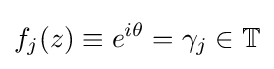
f_{j}(z)\equiv e^{i\theta }=\gamma _{j}\in \mathbb {T}